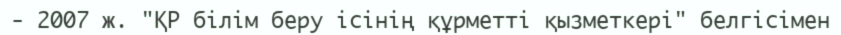
- 2007 ж. "ҚР білім беру ісінің құрметті қызметкері" белгісімен